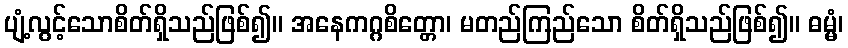
ပျံ့လွင့်သောစိတ်ရှိသည်ဖြစ်၍။ အနေကဂ္ဂစိတ္တော၊ မတည်ကြည်သော စိတ်ရှိသည်ဖြစ်၍။ ဓမ္မံ၊